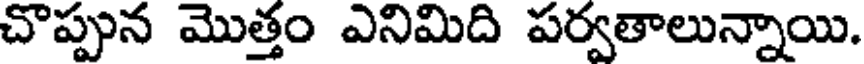
చొప్పున మొత్తం ఎనిమిది పర్వతాలున్నాయి.